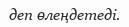
деп өлеңдетеді.